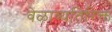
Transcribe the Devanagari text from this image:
वेळाव्यतिरिक्त